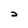
Character: 2